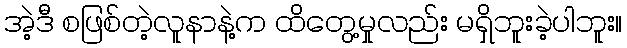
အဲ့ဒီ စဖြစ်တဲ့လူနာနဲ့က ထိတွေ့မှုလည်း မရှိဘူးခဲ့ပါဘူး။